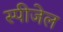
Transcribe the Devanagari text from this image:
स्पीजेल